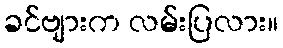
ခင်ဗျားက လမ်းပြလား။